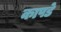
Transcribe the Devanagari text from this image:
कापडे